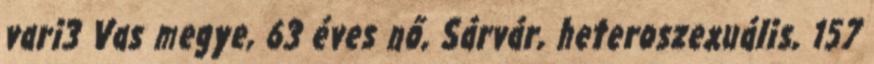
vari3 Vas megye, 63 éves nő, Sárvár, heteroszexuális, 157